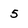
Character: 5